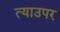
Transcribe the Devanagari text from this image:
त्याउपर